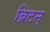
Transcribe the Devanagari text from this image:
ब्रिटन्